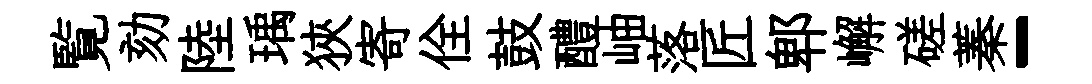
覧劾陸瑀狹寄佺鼓醴岫落匠郫嶰磋蓁-